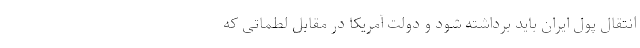
انتقال پول ایران باید برداشته شود و دولت آمریکا در مقابل لطماتی که